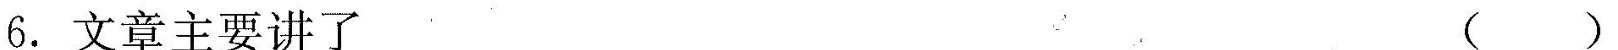
6. 文章主要讲了()